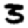
Digit: 3